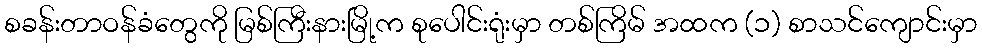
စခန်းတာဝန်ခံတွေကို မြစ်ကြီးနားမြို့က စုပေါင်းရုံးမှာ တစ်ကြိမ် အထက (၁) စာသင်ကျောင်းမှာ